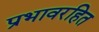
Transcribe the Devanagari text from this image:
प्रभावरहित